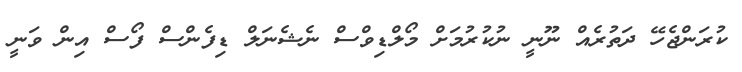
ކުރަންޖެހޭ ދަތުރެއް ނޫނީ ނުކުރުމަށް މޯލްޑިވްސް ނެޝެނަލް ޑިފެންސް ފޯސް އިން ވަނީ